Indian journal of veterinary science and animal husbandry - Volumes 24-25, 1954-1955
Year: 1954
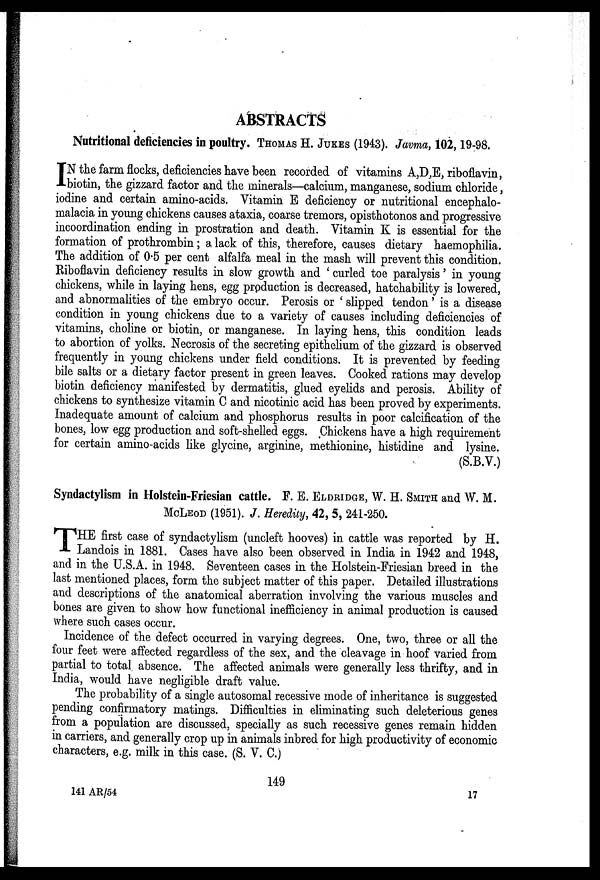
ABSTRACTS
Nutritional deficiencies in poultry. THOMAS H. JUKES (1943). Javma, 102, 19-98.
I N the farm flocks, deficiencies have been recorded of vitamins A,D,E, riboflavin,
biotin, the gizzard factor and the minerals—calcium, manganese, sodium chloride,
iodine and certain amino-acids. Vitamin E deficiency or nutritional encephalo-
malacia in young chickens causes ataxia, coarse tremors, opisthotonos and progressive
incoordination ending in prostration and death. Vitamin K is essential for the
formation of prothrombin; a lack of this, therefore, causes dietary haemophilia.
The addition of 0.5 per cent alfalfa meal in the mash will prevent this condition.
Riboflavin deficiency results in slow growth and ' curled toe paralysis' in young
chickens, while in laying hens, egg production is decreased, hatchability is lowered,
and abnormalities of the embryo occur. Perosis or ' slipped tendon' is a disease
condition in young chickens due to a variety of causes including deficiencies of
vitamins, choline or biotin, or manganese. In laying hens, this condition leads
to abortion of yolks. Necrosis of the secreting epithelium of the gizzard is observed
frequently in young chickens under field conditions. It is prevented by feeding
bile salts or a dietary factor present in green leaves. Cooked rations may develop
biotin deficiency manifested by dermatitis, glued eyelids and perosis. Ability of
chickens to synthesize vitamin C and nicotinic acid has been proved by experiments.
Inadequate amount of calcium and phosphorus results in poor calcification of the
bones, low egg production and soft-shelled eggs. Chickens have a high requirement
for certain amino-acids like glycine, arginine, methionine, histidine and lysine.
(S.B.V.)
Syndactylism in Holstein-Friesian cattle. F. E. ELDRIDGE, W. H. SMITH and W. M.
McLEOD (1951). J. Heredity, 42, 5, 241-250.
T HE first case of syndactylism (uncleft hooves) in cattle was reported by H.
Landois in 1881. Cases have also been observed in India in 1942 and 1948,
and in the U.S.A. in 1948. Seventeen cases in the Holstein-Friesian breed in the
last mentioned places, form the subject matter of this paper. Detailed illustrations
and descriptions of the anatomical aberration involving the various muscles and
bones are given to show how functional inefficiency in animal production is caused
where such cases occur.
Incidence of the defect occurred in varying degrees. One, two, three or all the
four feet were affected regardless of the sex, and the cleavage in hoof varied from
partial to total absence. The affected animals were generally less thrifty, and in
India, would have negligible draft value.
The probability of a single autosomal recessive mode of inheritance is suggested
pending confirmatory matings. Difficulties in eliminating such deleterious genes
from a population are discussed, specially as such recessive genes remain hidden
in carriers, and generally crop up in animals inbred for high productivity of economic
characters, e.g. milk in this case. (S. V. C.)
149
141 AR/54
17